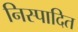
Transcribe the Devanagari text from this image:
निस्पादित